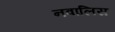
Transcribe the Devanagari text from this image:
नवालिस